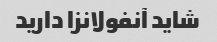
شاید آنفولانزا دارید